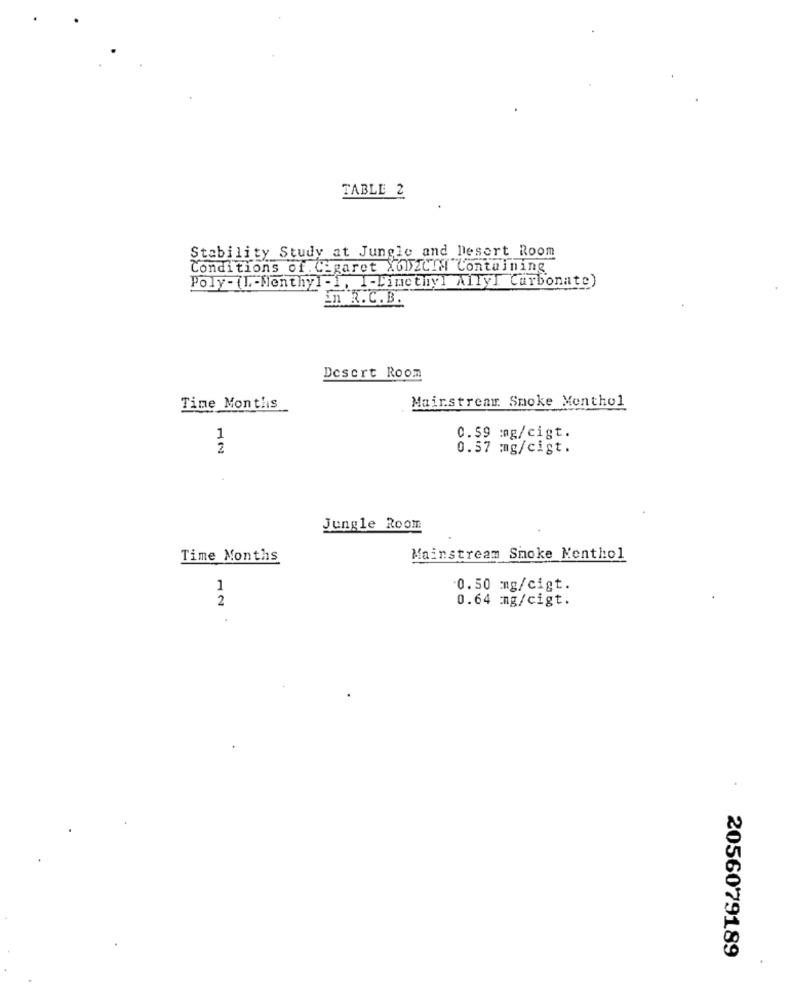
TABLE 2
Stability Study at Jungle and Desert Room
Conditions of. Cigaret Xob2CIM Containing
Poly- (L .- Menthyl-1, I-Dimethyl Ally] Carbonate)
in R.C.B.
Desert Room
Mainstream Smoke Menthol
Time Montlis
1
0.59 :mg/cigt.
2
0.57 mg/cigt.
Jungle Room
Time Months
Mainstream Smoke Menthol
1
0.50 mg/cigt.
2
0.64 mg/cigt.
.
2056079189